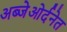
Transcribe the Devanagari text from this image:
अब्जेओर्दनेत